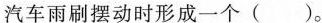
汽车雨刷摆动时形成一个()。